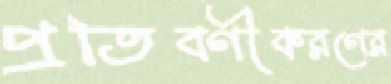
প্রতিবর্ণীকরণের